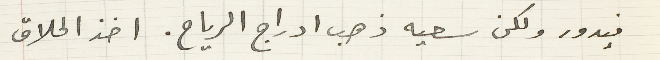
فيدور ولكن سعيه ذهب ادراج الرياح. اخذ الحلاق